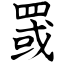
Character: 罭